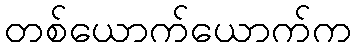
တစ်ယောက်ယောက်က